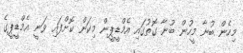
މިހެން ބުނާ މީހުން ބުނާ ގޮތުގައި އެމްޑީޕީން މިކަން ކޮށްފައި ވަނީ އެމްޑީޕީގެ